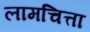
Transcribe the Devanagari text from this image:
लामचित्ता